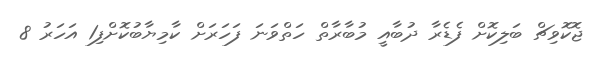
ޖޮކޮވިޗް ބަލިކޮށް ފެޑެރާ ދުބާއީ މުބާރާތް ހަތްވަނަ ފަހަރަށް ކާމިޔާބުކޮށްފި1 އަހަރު 8